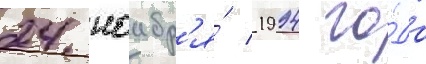
24 ноабр'я́ 1994 го́да